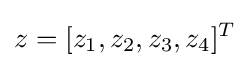
z=[z_{1},z_{2},z_{3},z_{4}]^{T}